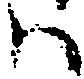
ハ